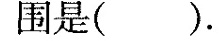
围是( )